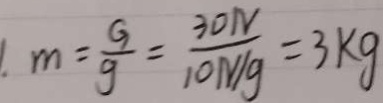
1 . m = \frac { G } { g } = \frac { 3 0 N } { 1 0 N / g } = 3 k g